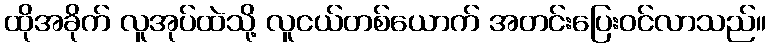
ထိုအခိုက် လူအုပ်ထဲသို့ လူငယ်တစ်ယောက် အတင်းပြေးဝင်လာသည်။